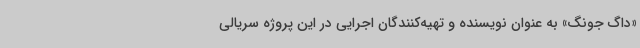
«داگ جونگ» به عنوان نویسنده و تهیه‌کنندگان اجرایی در این پروژه سریالی